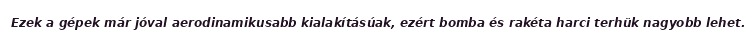
Ezek a gépek már jóval aerodinamikusabb kialakításúak, ezért bomba és rakéta harci terhük nagyobb lehet.